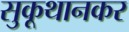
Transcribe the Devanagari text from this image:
सुकूथानकर